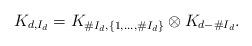
LaTeX: \begin{align*}K_{d,I_d} = K_{\# I_d, \{1,\ldots,\# I_d\}} \otimes K_{d-\#I_d}.\end{align*}